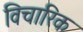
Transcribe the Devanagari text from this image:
विचारिक